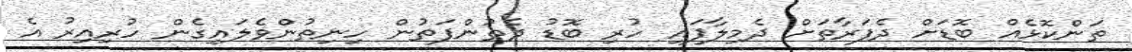
ތަންކޮޅެއް ބޮޑަށް ދެފަރާތަށް ދެމިލާފައި ހުރި ބޮޑު ދެތުންފަތުން ހިނިތުންވެލައިގެން ހުރިއިރު އެ